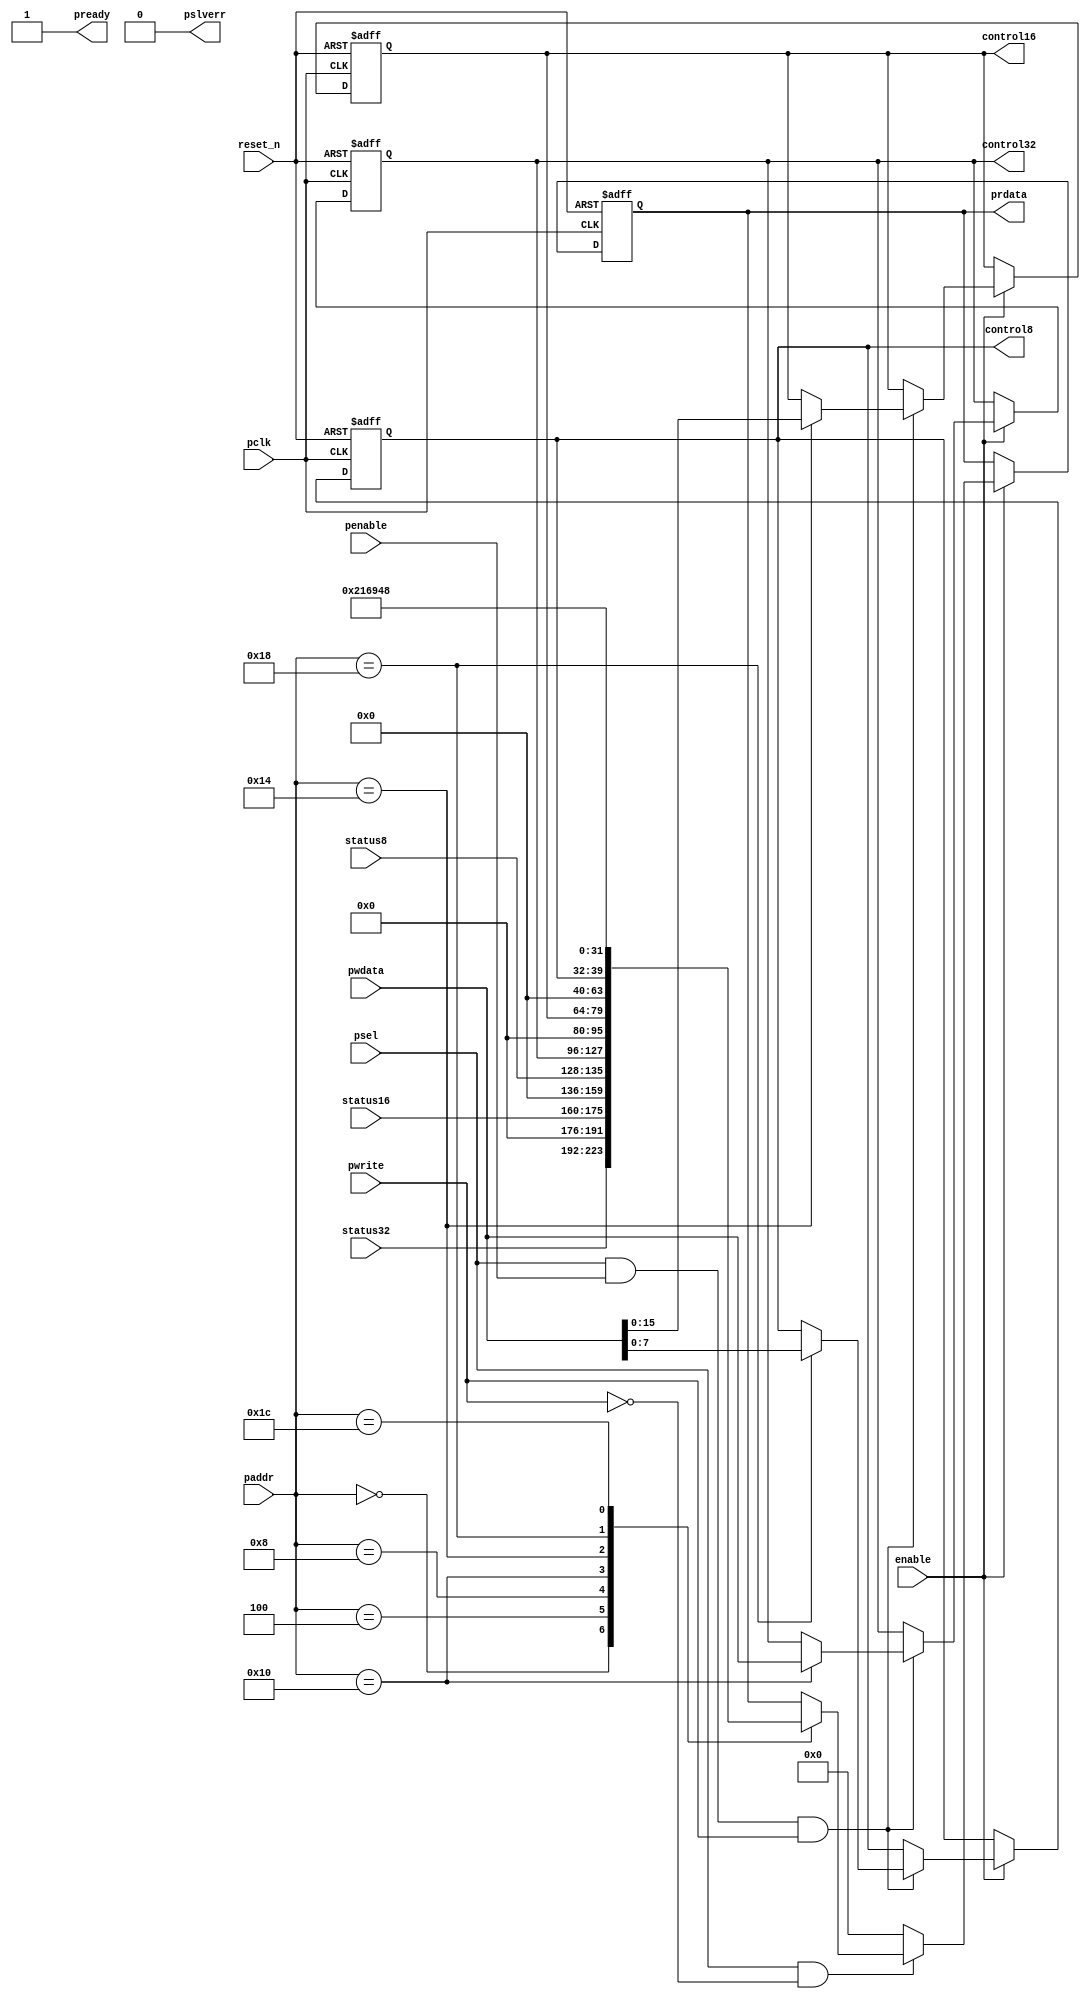
//
// Sample APB register code
// Standard read/write registers
// Adress offset from psel:
//   0x00 : 32 bit read of status32 port
//   0x04 : 16 bit read of status16 port
//   0x08 :  8 bit read of status8  port
//   0x0C : unused memory location
//   0x10 : 32 bit read & write control32 port
//   0x14 : 16 bit read & write control16 port
//   0x18 :  8 bit read & write control8  port
//   0x1C : Read internal constant
//
//
// Freeware September 2015, Fen Logic Ltd.
// This code is free and is delivered 'as is'.
// It comes without any warranty, to the extent permitted by applicable law.
// There are no restrictions to any use or re-use of this code
// in any form or shape. It would be nice if you keep my company name
// in the source or modified source code but even that is not
// required as I can't check it anyway.
// But the code comes with no warranties or guarantees whatsoever.
//
//
//

module apb_regs (
   // system
   input             reset_n,
   input             enable,  // clock gating 

   // APB
   input             pclk,            
   input      [ 4:0] paddr,   // ls 2 bits are unused 
   input             pwrite,
   input             psel,
   input             penable,
   input      [31:0] pwdata,
   output reg [31:0] prdata,
   output            pready,
   output            pslverr,

   // Interface
   input      [31:0] status32,
   input      [15:0] status16,
   input      [ 7:0] status8,
   output reg [31:0] control32,
   output reg [15:0] control16,
   output reg [ 7:0] control8
);

wire apb_write = psel & penable & pwrite;
wire apb_read  = psel & ~pwrite;

   assign pready  = 1'b1;
   assign pslverr = 1'b0;
   
   always @(posedge pclk or negedge reset_n)
   begin
      if (!reset_n)
      begin
         control32 <= 32'h0;
         control16 <= 16'h1234; // reset/initial value 
         control8  <=  8'h0;
         prdata    <= 32'h0;
      end // reset
      else if (enable)
      begin
         
         if (apb_write)
         begin
            case (paddr)
          //5'h00 :  status32 read only 
          //5'h04 :  status16 read only 
          //5'h08 :  status8  read only 
          //5'h0C :  Unused (gap)
            5'h10 : control32 <= pwdata;
            5'h14 : control16 <= pwdata[15:0];
            5'h18 : control8  <= pwdata[7:0];
          //5'h1C :  Identify  read only 
            endcase
         end // write
         
         if (apb_read)
         begin
            case (paddr)
            5'h00 : prdata <= status32;
            5'h04 : prdata <= {16'h0,status16};
            5'h08 : prdata <= {24'h0,status8};
          //5'h0C : unused (GAP)
            5'h10 : prdata <= control32; 
            5'h14 : prdata <= {16'h0,control16};
            5'h18 : prdata <= {24'h0,control8};
            5'h1C : prdata <= 32'h00216948; // "Hi!"
            endcase
         end // read
         else
            prdata <= 32'h0; // so we can OR all busses
      end // clocked
   end // always 
   
endmodule